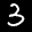
Label: 3